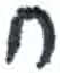
אות: ח